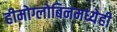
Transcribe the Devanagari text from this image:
हीमोग्लोबिनमध्येही